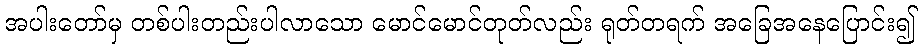
အပါးတော်မှ တစ်ပါးတည်းပါလာသော မောင်မောင်တုတ်လည်း ရုတ်တရက် အခြေအနေပြောင်း၍